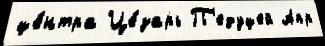
це́нтра Це́зарь П'едуцей Апр